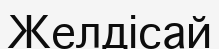
Желдісай